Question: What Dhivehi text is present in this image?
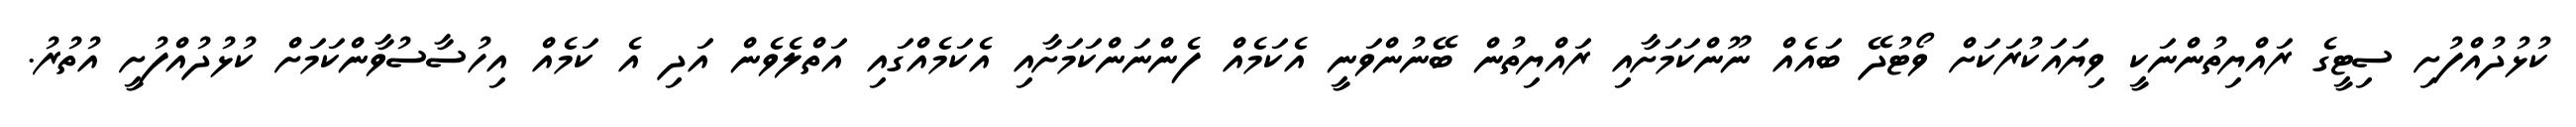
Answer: ކުޅުދުއްފުށި ސިޓީގެ ރައްޔިތުންނަކީ ވިޔައަކުރަކަށް ވޯޓުދޭ ބައެއް ނޫންކަމަށާއި ރައްޔިތުން ބޭނުންވަނީ އެކަމެއް ފެންނަންކަމަށާއި އެކަމެއްގައި އަތްލެވެން އަދި އެ ކަމެއް އިހުސާސުވާންކަމަށް ކުޅުދުއްފުށީ އުތުރު.